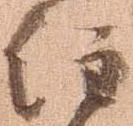
注